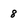
Character: 8